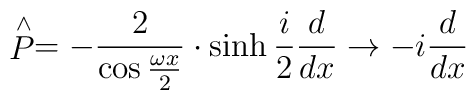
\stackrel{\wedge }{P}=-\frac {2}{\cos \frac{\omega x}{2}}\cdot\sinh \frac {i}{2}\frac {d}{dx}\rightarrow -i\frac {d}{dx}